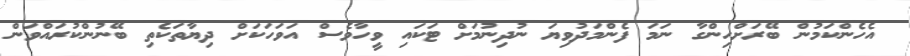
އެހެންކަމުން ބޭރަށްހިންގާ ނަމަ ފެންމަދުވިޔަ ނުދިނުމަށް ޓަކައި ވީހާވެސް އަވަހަކަށް ދިޔާތަކެތި ބޭނުންކުރައްވަން